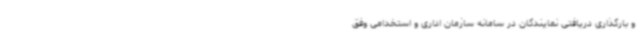
و بارگذاری دریافتی نمایندگان در سامانه سازمان اداری و استخدامی وفق